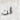
أنت